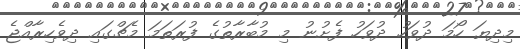
މިދިޔަ ހޯމަ ދުވަހު ދުވަހު ފެށުނު މި މުބާރާތުގެ ފުރަތަމަ މެޗްގައި ދިވެހިރާއްޖެ